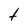
Character: t